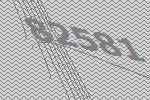
82581